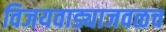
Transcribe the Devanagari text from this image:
विजयवाड्याजवळच